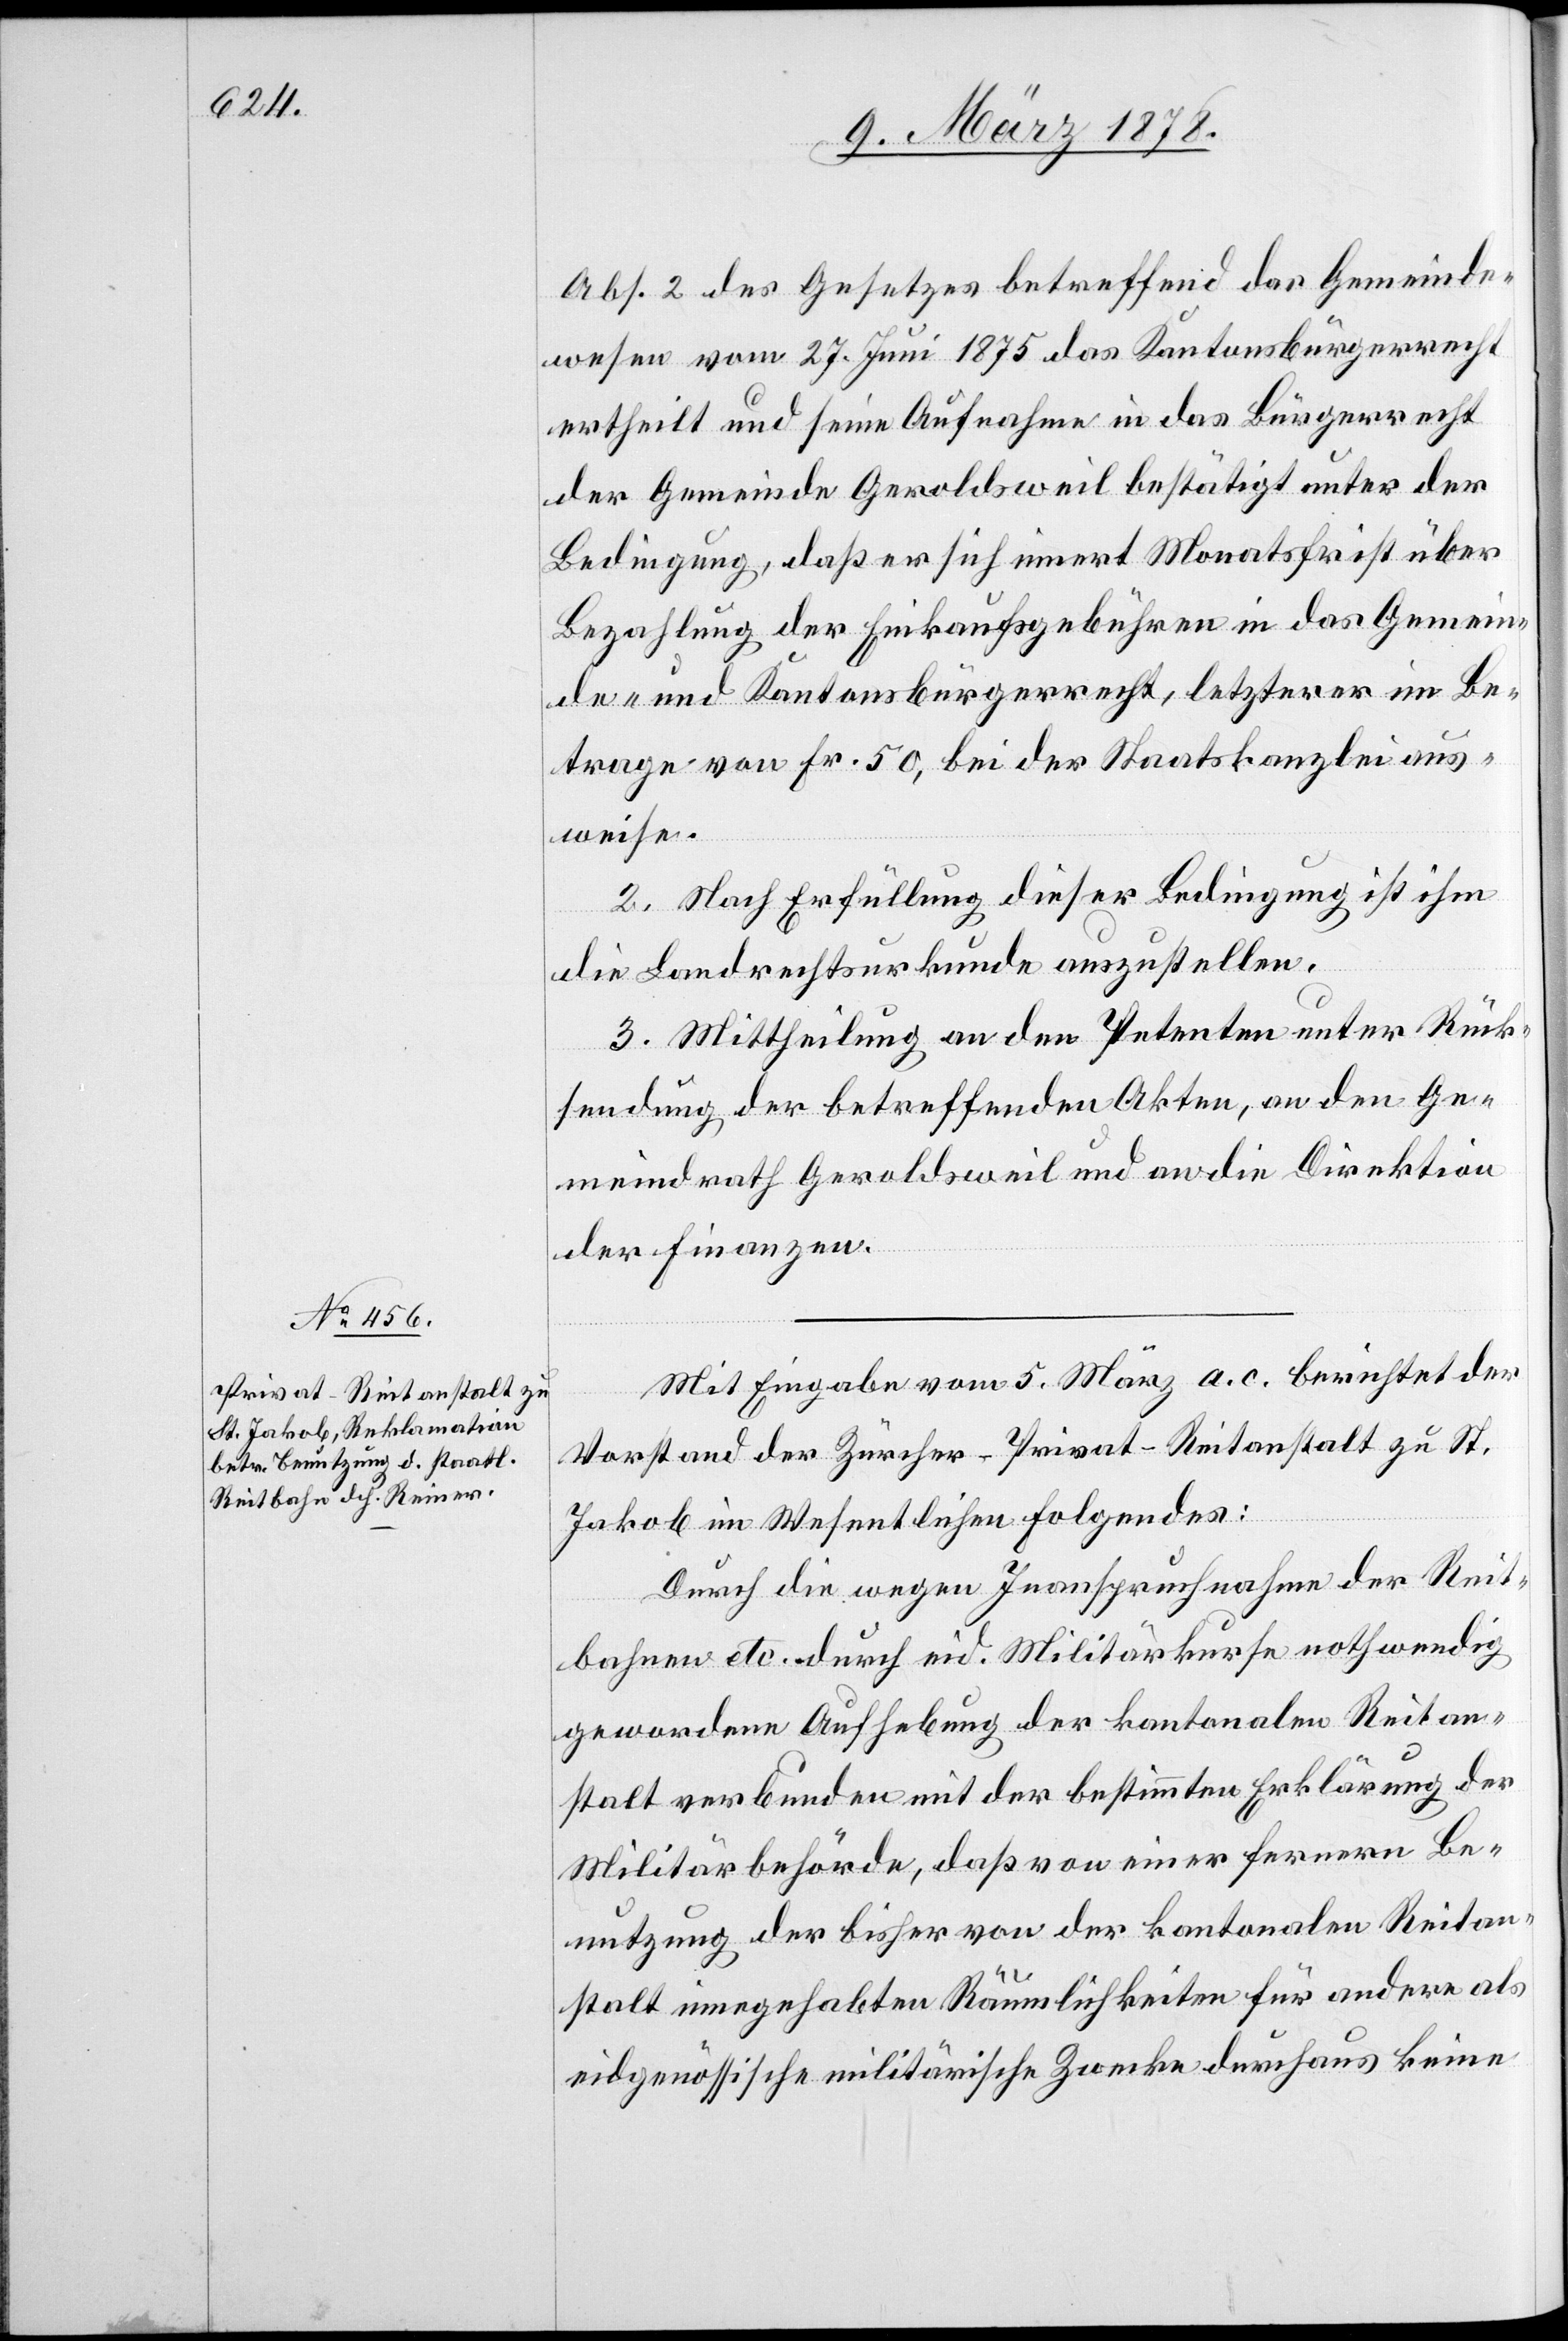
Abs. 2 des Gesetzes betreffend das Gemeinde¬
wesen vom 27. Juni 1875 das Kantonsbürgerrecht
ertheilt und seine Aufnahme in das Bürgerrecht
der Gemeinde Geroldsweil bestätigt unter der
Bedingung, daß er sich innert Monatsfrist über
Bezahlung der Einkaufsgebühren in das Gemein¬
de- und Kantonsbürgerrecht, letzterer im Be¬
trage von Fr. 50, bei der Staatskanzlei aus¬
weise.
2. Nach Erfüllung dieser Bedingung ist ihm
die Landrechtsurkunde auszustellen.
3. Mittheilung an den Petenten unter Rück¬
sendung der betreffenden Akten, an den Ge¬
meindrath Geroldsweil und an die Direktion
der Finanzen.
Mit Eingabe vom 5. März a. c. berichtet der
Vorstand der Zürcher-Privat-Reitanstalt zu St.
Jakob im Wesentlichen folgendes:
Durch die wegen Inanspruchnahme der Reit¬
bahnen etc. durch eid. Militärkurse nothwendig
gewordene Aufhebung der kantonalen Reitan¬
stalt verbunden mit der bestimmten Erklärung der
Militärbehörde, daß von einer fernern Be¬
nutzung der bisher von der kantonalen Reitan¬
stalt innegehabten Räumlichkeiten für andere als
eidgenössische militärische Zwecke durchaus keine